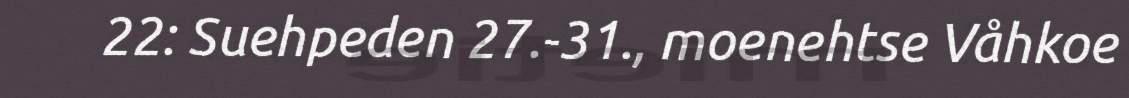
22: Suehpeden 27.-31., moenehtse Våhkoe